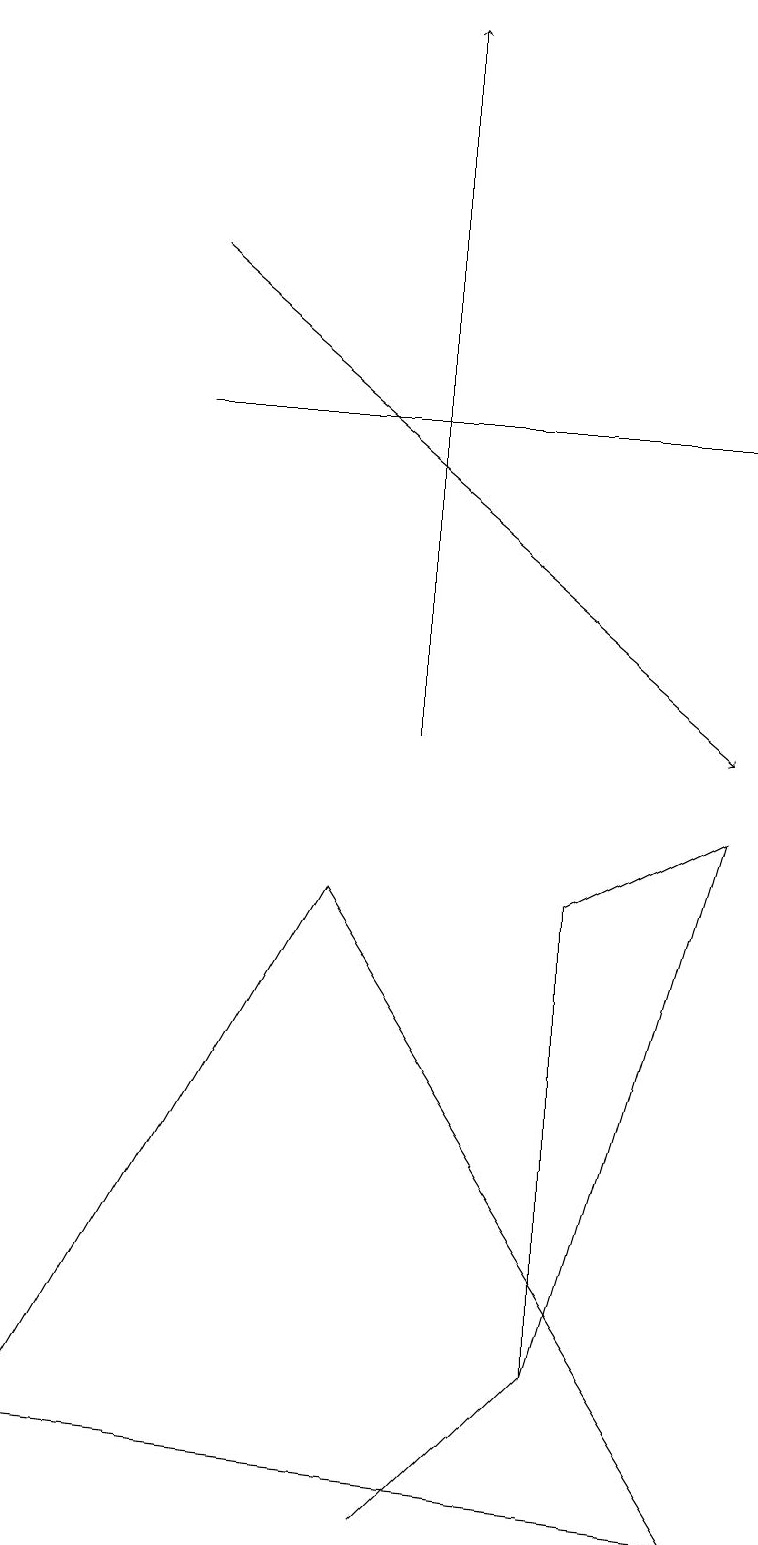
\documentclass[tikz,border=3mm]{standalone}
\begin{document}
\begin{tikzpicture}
\draw[->] (5,10) -- (5,19);
\draw (4,8) -- (0,1) -- (9,0) -- cycle;
\draw (9,9) -- (7,8) -- (7,2) -- cycle;
\draw (2,14) rectangle (9,14);
\draw (5,0) -- (7,2) -- (5,0) -- cycle;
\draw[->] (2,16) -- (9,10);
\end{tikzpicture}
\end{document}